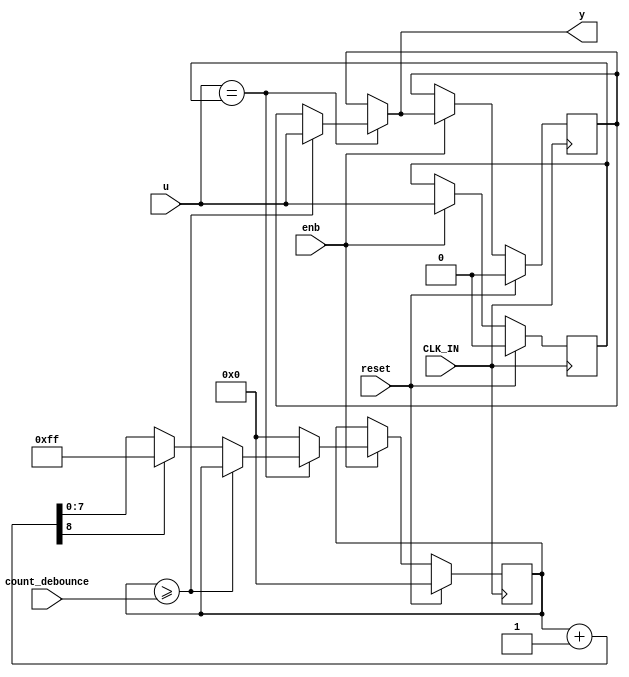
module Count_Up_Down
          (
           CLK_IN,
           reset,
           enb,
           u,
           count_debounce,
           y
          );


  input   CLK_IN;
  input   reset;
  input   enb;
  input   u;
  input   [7:0] count_debounce;  // uint8
  output  y;


  reg  u_n1;
  reg [7:0] count;  // uint8
  reg  y_reg;
  reg  u_n1_next;
  reg [7:0] count_next;  // uint8
  reg  y_reg_next;
  reg [8:0] add_temp_1;  // ufix9


  always @(posedge CLK_IN)
    begin : libDebounce_c2_Count_Up_Down_process
      if (reset == 1'b1) begin
        u_n1 <= 1'b0;
        count <= 8'd0;
        y_reg <= 1'b0;
      end
      else if (enb) begin
        u_n1 <= u_n1_next;
        count <= count_next;
        y_reg <= y_reg_next;
      end
    end

  always @(u, u_n1, count, count_debounce, y_reg) begin
    count_next = count;
    y_reg_next = y_reg;
    //Gateway: Debounce/Count_Up_Down
    //During: Debounce/Count_Up_Down
    //Entry Internal: Debounce/Count_Up_Down
    //Transition: '<S10>:27'
    if (u == u_n1) begin
      //Transition: '<S10>:4'
      //Transition: '<S10>:6'
      if (count >= count_debounce) begin
        //Transition: '<S10>:8'
        //Transition: '<S10>:10'
        y_reg_next = u;
        //Transition: '<S10>:16'
      end
      else begin
        //Transition: '<S10>:12'
        add_temp_1 = count + 1;
        if (add_temp_1[8] != 1'b0) begin
          count_next = 8'b11111111;
        end
        else begin
          count_next = add_temp_1[7:0];
        end
      end
      //Transition: '<S10>:15'
    end
    else begin
      //Transition: '<S10>:14'
      count_next = 8'd0;
    end
    //Transition: '<S10>:18'
    u_n1_next = u;
  end

  assign y = y_reg_next;



endmodule